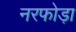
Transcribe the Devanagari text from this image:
नरफोड़ा